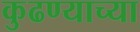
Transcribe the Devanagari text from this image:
कुढण्याच्या